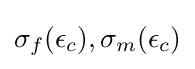
\sigma _{f}(\epsilon _{c}),\sigma _{m}(\epsilon _{c})